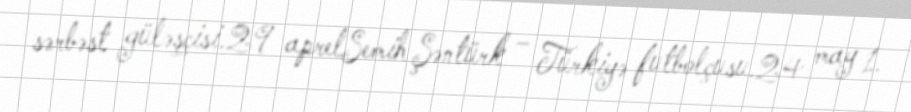
sərbəst güləşçisi.29 aprelSemih Şəntürk – Türkiyə futbolçusu.24 may 1.